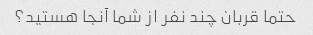
حتما قربان چند نفر از شما آنجا هستید؟